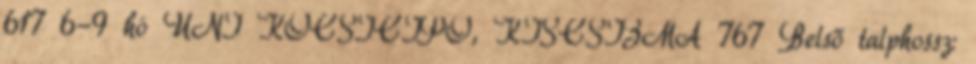
617 6-9 hó UNI KOCSICIPŐ, KISCSIZMA 767 Belső talphossz: